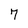
Character: 7